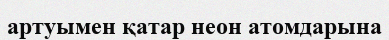
артуымен қатар неон атомдарына